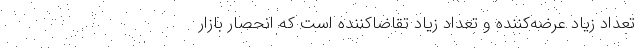
تعداد زیاد عرضه‌کننده و تعداد زیاد تقاضاکننده است که انحصار بازار